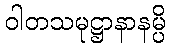
ဝါတသမုဋ္ဌာနာနမ္ပိ